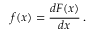
f ( x ) = { \frac { d F ( x ) } { d x } } \, .